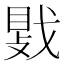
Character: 𫼀